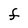
Character: F